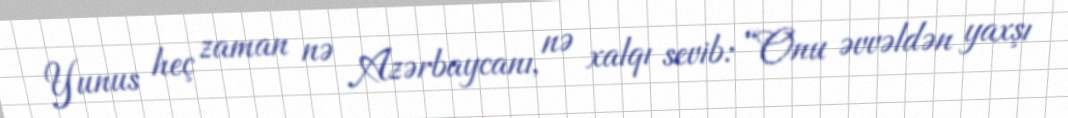
Yunus heç zaman nə Azərbaycanı, nə xalqı sevib: “Onu əvvəldən yaxşı